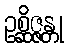
ဥစ္ဆိဇ္ဇန္တု